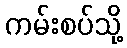
ကမ်းစပ်သို့